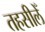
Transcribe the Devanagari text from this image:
तहसीलेँ